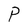
Character: P